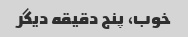
خوب، پنج دقیقه دیگر